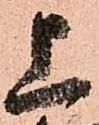
上